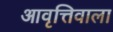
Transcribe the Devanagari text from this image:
आवृत्तिवाला